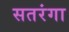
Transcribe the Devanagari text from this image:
सतरंगा